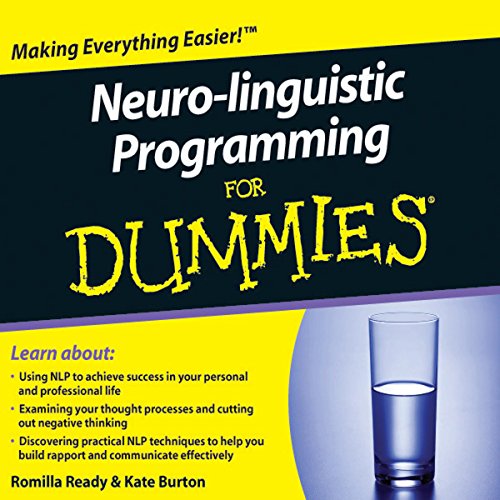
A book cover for Neuro-Linguistic Programming For Dummies Audiobook; Kate Burton; Self-Help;